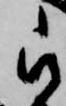
被